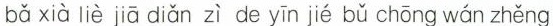
bǎ xià liè jiā diǎn zì de yīn jié bǔ chōng wán zhěng